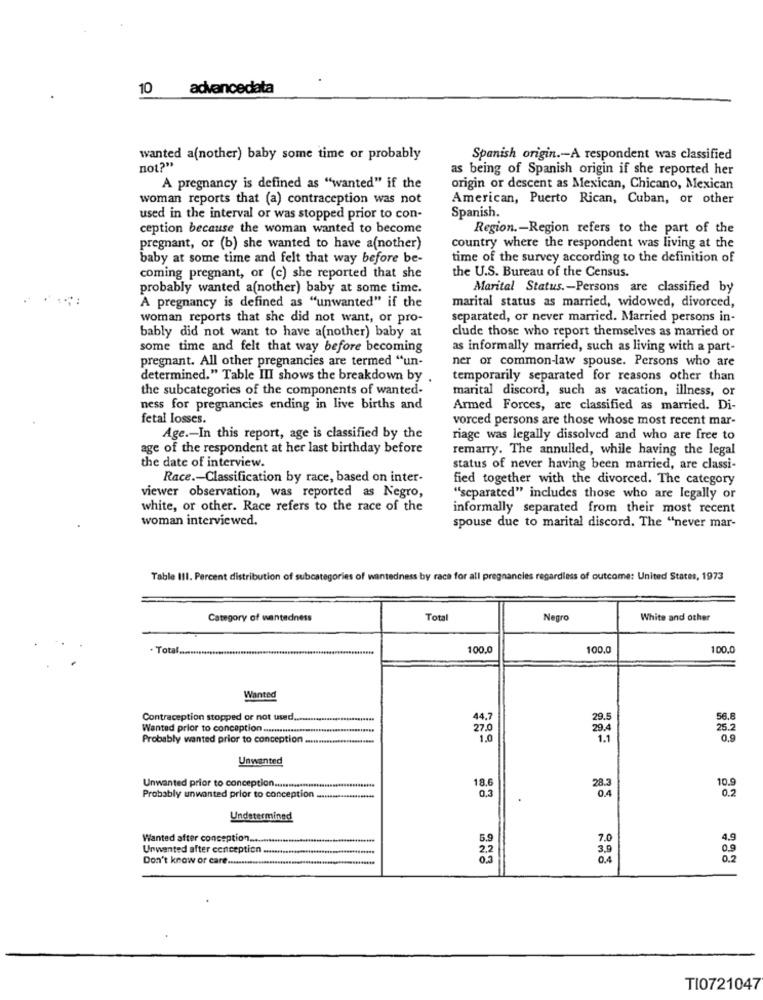
10
advancedata
wanted a(nother) baby some time or probably
Spanish origin .- A respondent was classified
not?"
as being of Spanish origin if she reported her
A pregnancy is defined as "wanted" if the
origin or descent as Mexican, Chicano, Mexican
woman reports that (a) contraception was not
American, Puerto Rican, Cuban, or other
Spanish.
used in the interval or was stopped prior to con-
ception because the woman wanted to become
Region .- Region refers to the part of the
pregnant, or (b) she wanted to have a(nother)
country where the respondent was living at the
baby at some time and felt that way before be-
time of the survey according to the definition of
coming pregnant, or (c) she reported that she
the U.S. Bureau of the Census.
probably wanted a(nother) baby at some time.
Marital Status .- Persons are classified by
marital status as married, widowed, divorced,
A pregnancy is defined as "unwanted" if the
woman reports that she did not want, or pro-
separated, or never married. Married persons in-
clude those who report themselves as married or
bably did not want to have a(nother) baby at
some time and felt that way before becoming
as informally married, such as living with a part-
pregnant. All other pregnancies are termed "un-
ner or common-law spouse. Persons who are
determined." Table III shows the breakdown by .
temporarily separated for reasons other than
the subcategories of the components of wanted-
marital discord, such as vacation, illness, or
ness for pregnancies ending in live births and
Armed Forces, are classified as married. Di-
fetal losses.
vorced persons are those whose most recent mar-
Age .- In this report, age is classified by the
riage was legally dissolved and who are free to
age of the respondent at her last birthday before
remarry. The annulled, while having the legal
the date of interview.
status of never having been married, are classi-
Race .- Classification by race, based on inter-
fied together with the divorced. The category
viewer observation, was reported as Negro,
""separated" includes those who are legally or
white, or other. Race refers to the race of the
informally separated from their most recent
woman interviewed.
spouse due to marital discord. The "never mar-
Table III. Percent distribution of subcategories of wantedness by raca for all pregnancies regardless of outcome: United States, 1973
Category of wantedness
Total
Negro
White and other
. Total.
100.0
100.0
100,0
Wanted
Contraception stopped or not used .....
44.7
29.5
56.8
Wanted prior to conception .........................
27.0
29.4
25.2
Probably wanted prior to conception ...........
1.0
1.1
0,9
Unwanted
10.9
Unwanted prior to conception ....................................
18.6
28.3
0.4
0.2
Probably unwanted prior to conception .....................
Undetermined
Wanted after conception ...
5.9
7.0
4.9
Unwanted after conception ...
2,2
3.9
0.9
Don't know or care ...
0.4
0.2
TI0721047